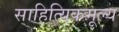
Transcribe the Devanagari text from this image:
साहित्यिकमूल्य